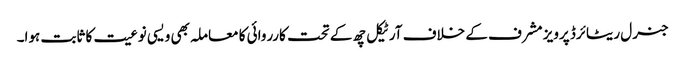
جنرل ریٹائرڈ پرویز مشرف کے خلاف آرٹیکل چھ کے تحت کارروائی کا معاملہ بھی ویسی نوعیت کا ثابت ہوا۔